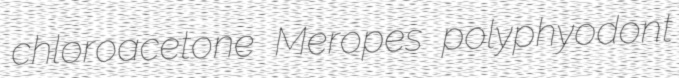
chloroacetone Meropes polyphyodont